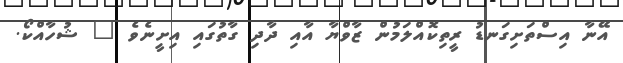
އޭނާ އިސްތަށިގަނޑު ރީތިކޮއްލަމުން ޒާވްޔާ އާއި ދާދި ގާތުގައި އިށީނެވެ " ޝުހާއްކޯ.